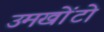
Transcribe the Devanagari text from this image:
उमखोंटो